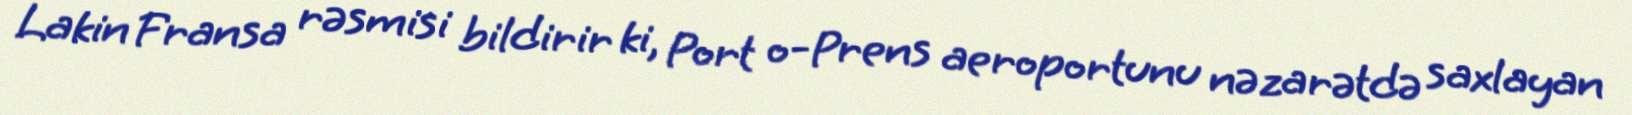
Lakin Fransa rəsmisi bildirir ki, Port o-Prens aeroportunu nəzarətdə saxlayan